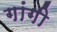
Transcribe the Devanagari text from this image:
गांगी